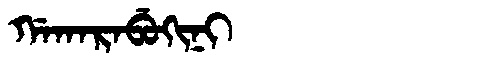
Manchu: ᡤᠠᡴᠠᡵᠠᠪᡠᡴᡳᠨᡳ
Romanization: GAKARABUKINI